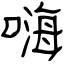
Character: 嗨